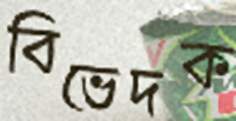
বিভেদক